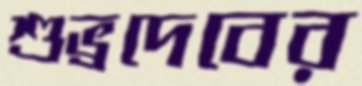
শুভ্রদেবের